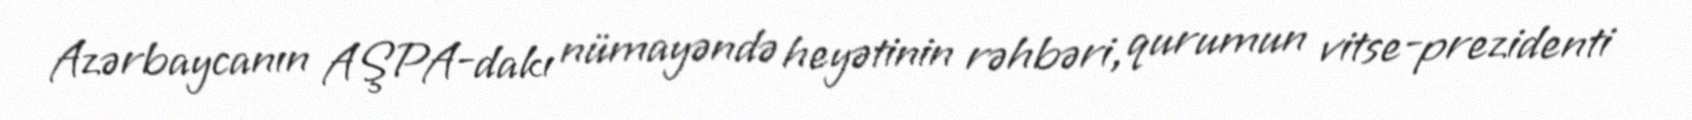
Azərbaycanın AŞPA-dakı nümayəndə heyətinin rəhbəri, qurumun vitse-prezidenti